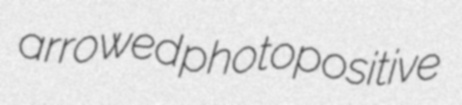
arrowed photopositive